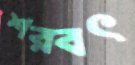
শরবৎ